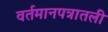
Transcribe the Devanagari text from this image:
वर्तमानपत्रातली